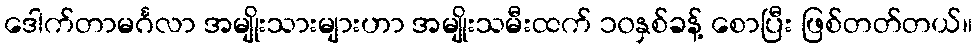
ဒေါက်တာမင်္ဂလာ အမျိုးသားများဟာ အမျိုးသမီးထက် ၁၀နှစ်ခန့် စောပြီး ဖြစ်တတ်တယ်။